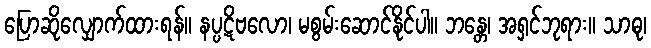
ပြောဆိုလျှောက်ထားရန်။ နပ္ပဋိဗလော၊ မစွမ်းဆောင်နိုင်ပါ။ ဘန္တေ၊ အရှင်ဘုရား။ သာဓု၊